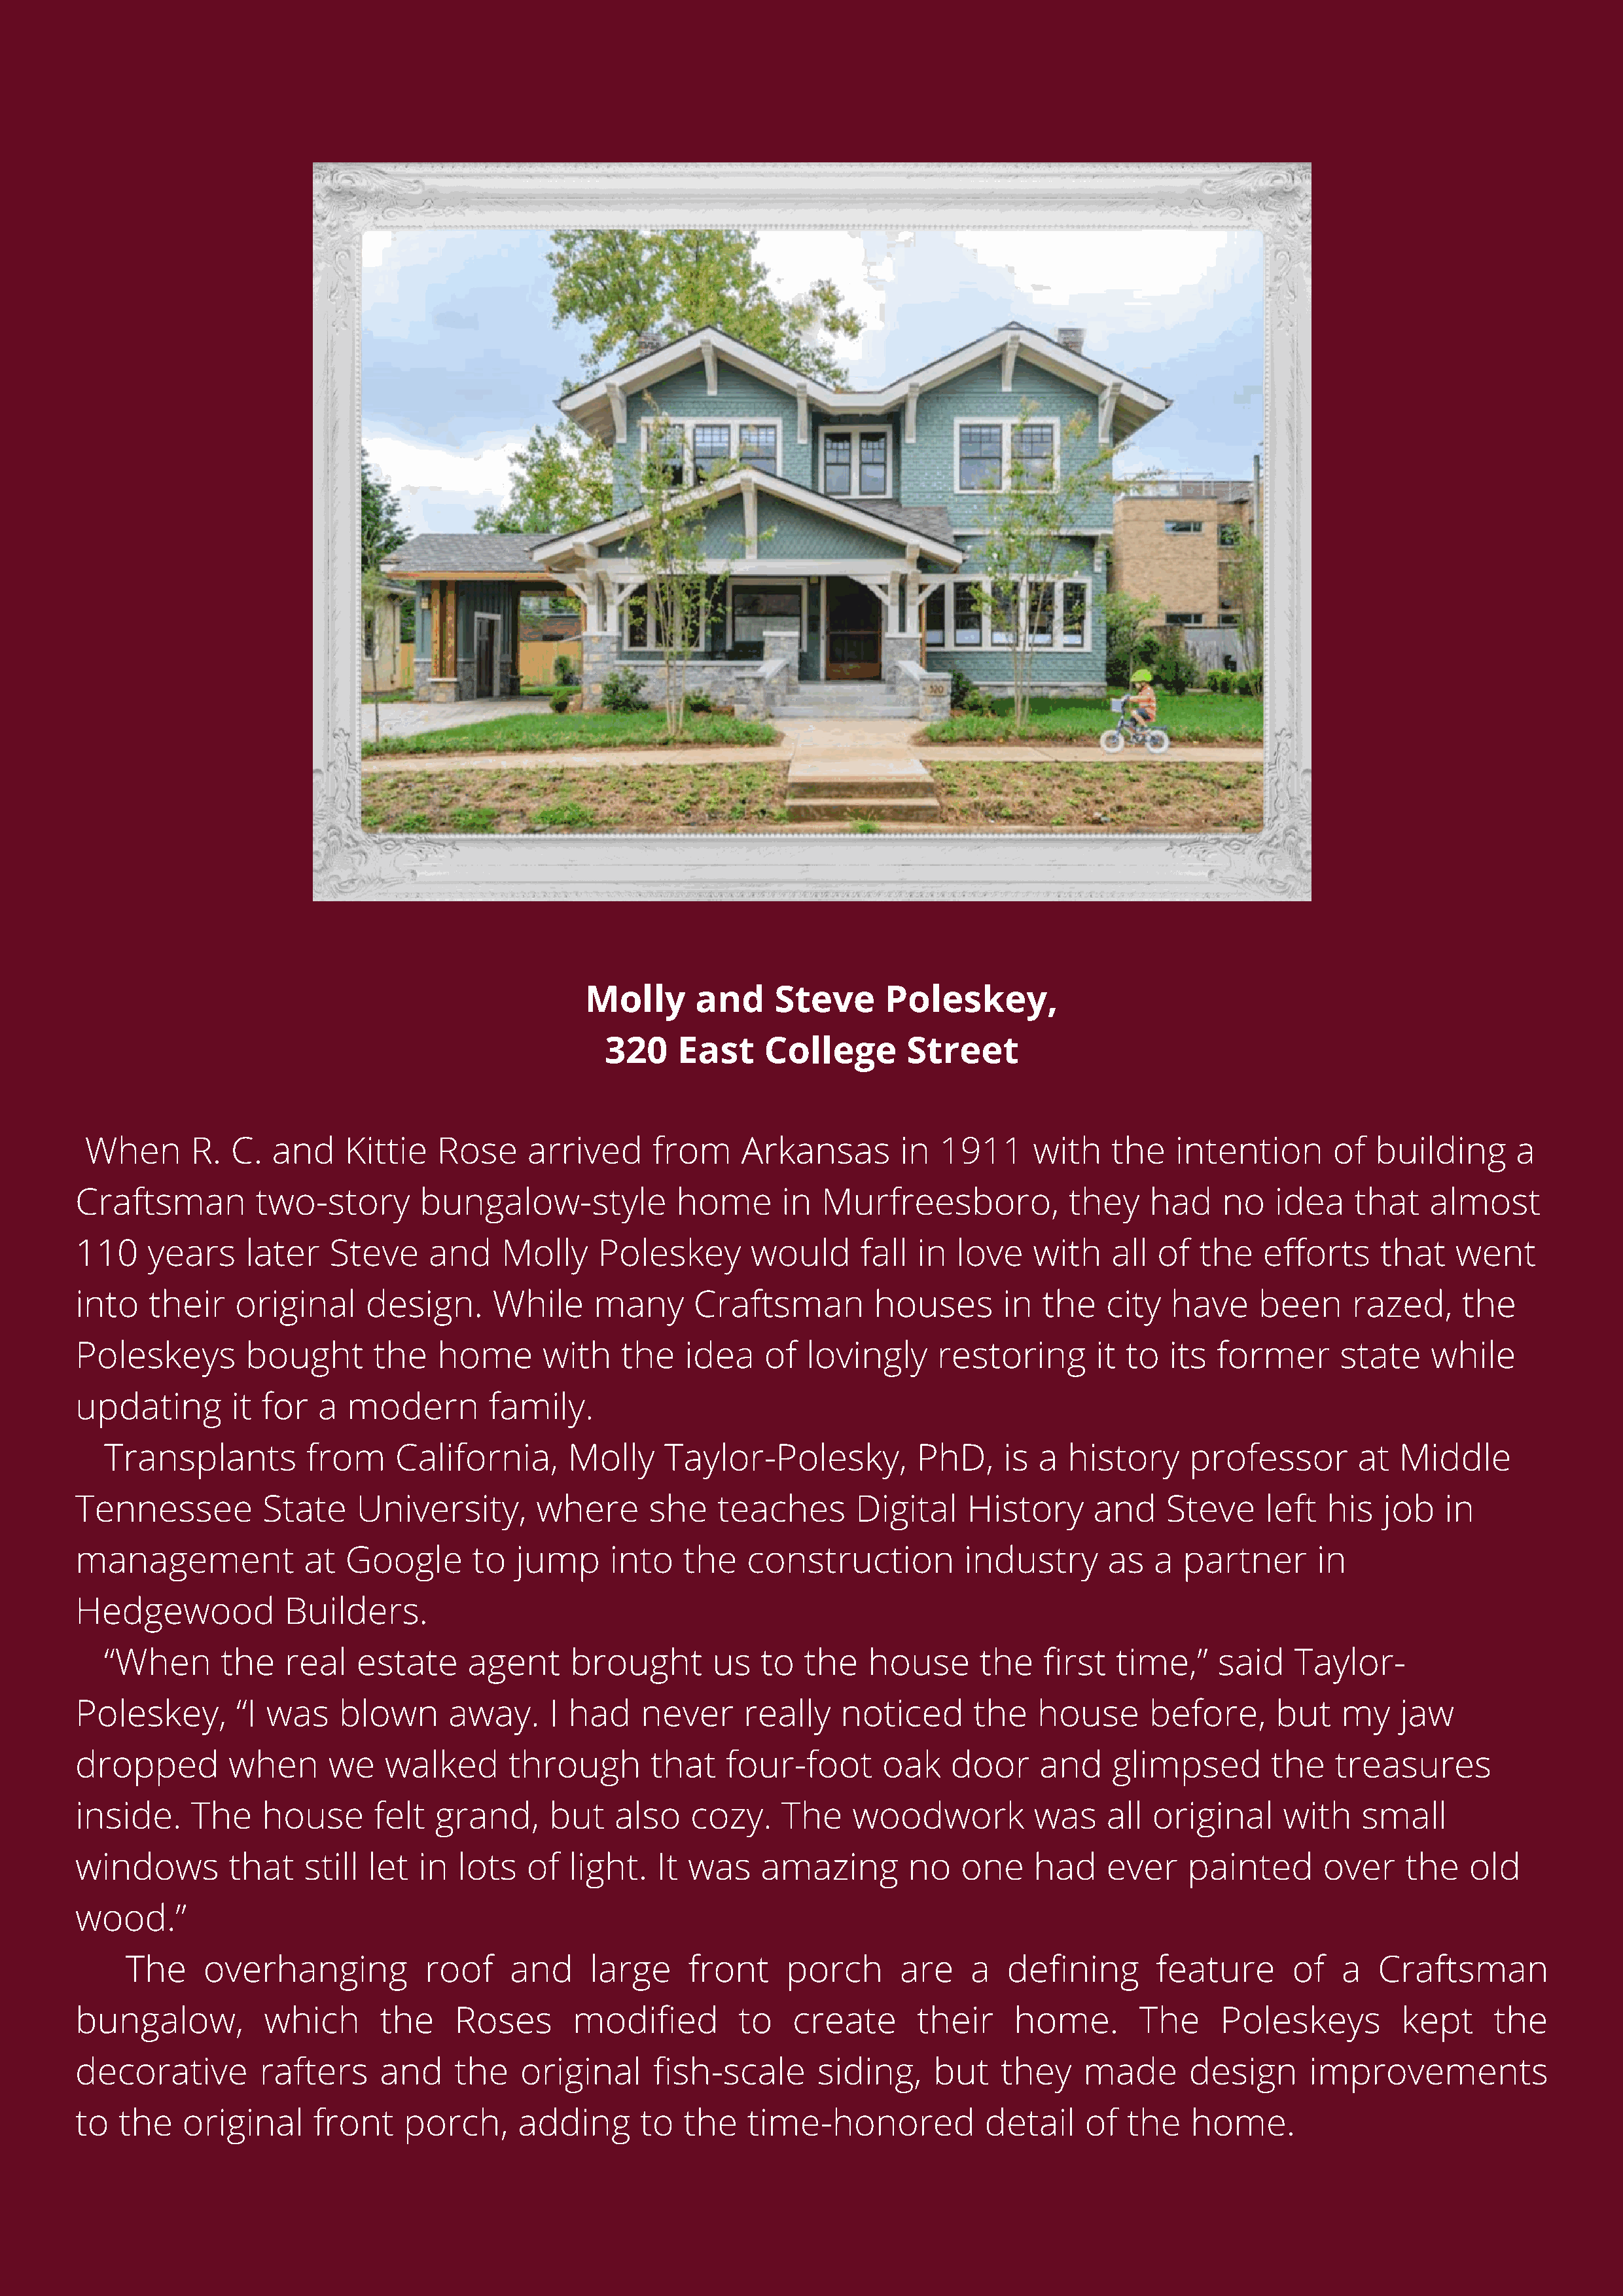
Molly      and     Steve       Poleskey,
 320     East    College        Street
 When      R.  C.   and    Kittie   Rose     arrived      from     Arkansas        in  1911      with    the   intention       of  building       a
 Craftsman         two-story       bungalow-style            home       in  Murfreesboro,            they    had     no   idea    that    almost
 110    years     later   Steve     and     Molly     Poleskey       would      fall  in  love    with    all of  the    efforts     that   went
 into   their    original     design.      While     many      Craftsman          houses       in  the   city   have    been      razed,     the
 Poleskeys        bought       the   home       with    the   idea    of   lovingly     restoring       it to  its  former       state    while
 updating       it for   a  modern        family.
 Transplants         from     California,       Molly    Taylor-Polesky,           PhD,     is a  history     professor         at  Middle
 Tennessee          State    University,       where       she    teaches       Digital    History      and    Steve     left  his   job   in
 management             at  Google       to  jump      into   the    construction          industry      as   a  partner      in
 Hedgewood            Builders.
 “When      the    real   estate     agent      brought       us   to  the    house      the    first  time,”    said    Taylor-
 Poleskey,       “I was    blown      away.      I had    never     really    noticed       the   house      before,      but    my    jaw
 dropped        when      we    walked      through        that    four-foot      oak    door     and     glimpsed        the   treasures
 inside.    The     house      felt  grand,      but   also    cozy.    The    woodwork           was    all  original     with    small
 windows        that    still let  in  lots   of   light.   It was    amazing        no   one     had    ever    painted       over    the    old
 wood.”
 The     overhanging           roof     and     large     front     porch      are    a   defining       feature       of   a  Craftsman
 bungalow,          which      the     Roses       modified         to   create       their     home.       The     Poleskeys          kept     the
 decorative        rafters     and     the    original     fish-scale       siding,    but    they     made      design      improvements
 to  the   original      front    porch,     adding       to  the    time-honored            detail    of  the    home.